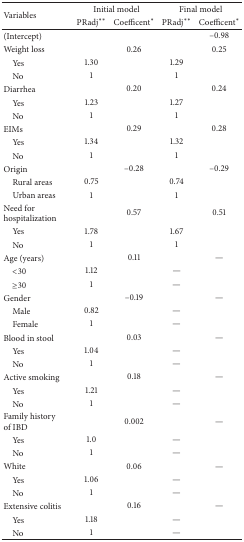
<table><thead><tr><td rowspan="2"><b>Variables</b></td><td colspan="2"><b>Initial model</b></td><td colspan="2"><b>Final model</b></td></tr><tr><td><b>PRadj<sup><i>∗∗</i></sup></b></td><td><b>Coefficent<sup><i>∗</i></sup></b></td><td><b>PRadj<sup><i>∗∗</i></sup></b></td><td><b>Coefficent<sup><i>∗</i></sup></b></td></tr></thead><tbody><tr><td>(Intercept)</td><td> </td><td> </td><td> </td><td>–0.98</td></tr><tr><td>Weight loss</td><td> </td><td>0.26</td><td> </td><td>0.25</td></tr><tr><td> Yes</td><td>1.30</td><td> </td><td>1.29</td><td> </td></tr><tr><td> No</td><td>1</td><td> </td><td>1</td><td> </td></tr><tr><td>Diarrhea</td><td> </td><td>0.20</td><td> </td><td>0.24</td></tr><tr><td> Yes</td><td>1.23</td><td> </td><td>1.27</td><td> </td></tr><tr><td> No</td><td>1</td><td> </td><td>1</td><td> </td></tr><tr><td>EIMs</td><td> </td><td>0.29</td><td> </td><td>0.28</td></tr><tr><td> Yes</td><td>1.34</td><td> </td><td>1.32</td><td> </td></tr><tr><td> No</td><td>1</td><td> </td><td>1</td><td> </td></tr><tr><td>Origin</td><td> </td><td>–0.28</td><td> </td><td>–0.29</td></tr><tr><td> Rural areas</td><td>0.75</td><td> </td><td>0.74</td><td> </td></tr><tr><td> Urban areas</td><td>1</td><td> </td><td>1</td><td> </td></tr><tr><td>Need forhospitalization</td><td> </td><td>0.57</td><td> </td><td>0.51</td></tr><tr><td> Yes</td><td>1.78</td><td> </td><td>1.67</td><td> </td></tr><tr><td> No</td><td>1</td><td> </td><td>1</td><td> </td></tr><tr><td>Age (years)</td><td> </td><td>0.11</td><td> </td><td>—</td></tr><tr><td> &lt;30</td><td>1.12</td><td> </td><td>—</td><td> </td></tr><tr><td> ≥30</td><td>1</td><td> </td><td>—</td><td> </td></tr><tr><td>Gender</td><td> </td><td>–0.19</td><td> </td><td>—</td></tr><tr><td> Male</td><td>0.82</td><td> </td><td>—</td><td> </td></tr><tr><td> Female</td><td>1</td><td> </td><td>—</td><td> </td></tr><tr><td>Blood in stool</td><td> </td><td>0.03</td><td> </td><td>—</td></tr><tr><td> Yes</td><td>1.04</td><td> </td><td>—</td><td> </td></tr><tr><td> No</td><td>1</td><td> </td><td>—</td><td> </td></tr><tr><td>Active smoking</td><td> </td><td>0.18</td><td> </td><td>—</td></tr><tr><td> Yes</td><td>1.21</td><td> </td><td>—</td><td> </td></tr><tr><td> No</td><td>1</td><td> </td><td>—</td><td> </td></tr><tr><td>Family historyof IBD</td><td> </td><td>0.002</td><td> </td><td>—</td></tr><tr><td> Yes</td><td>1.0</td><td> </td><td>—</td><td> </td></tr><tr><td> No</td><td>1</td><td> </td><td>—</td><td> </td></tr><tr><td>White</td><td> </td><td>0.06</td><td> </td><td>—</td></tr><tr><td> Yes</td><td>1.06</td><td> </td><td>—</td><td> </td></tr><tr><td> No</td><td>1</td><td> </td><td>—</td><td> </td></tr><tr><td>Extensive colitis</td><td> </td><td>0.16</td><td> </td><td>—</td></tr><tr><td> Yes</td><td>1.18</td><td> </td><td>—</td><td> </td></tr><tr><td> No</td><td>1</td><td> </td><td>—</td><td> </td></tr></tbody></table>